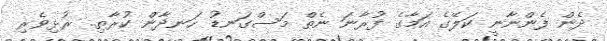
ދެން ފެންނާނީ ކަލޭގެ އަމާގެ ފުރާނަ ނެތް މަސްގަނޑު ހަނދާން ކުރާތި.. ރުޅިވެރި